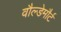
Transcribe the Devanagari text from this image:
वौल्डेमौर्ट